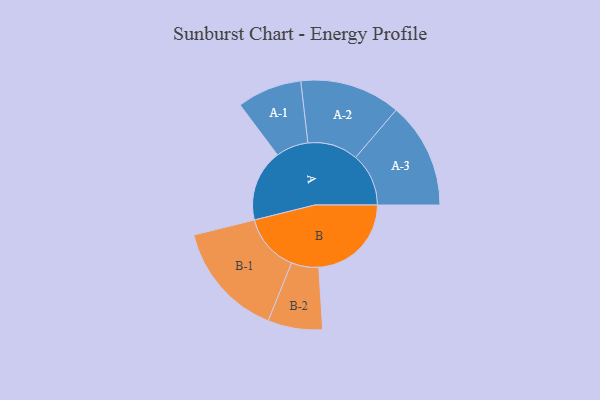
{"axis": {"x": "Segment", "y": "Value"}, "legend": ["", "A", "B"], "data": [{"x": "A", "y": 352, "type": ""}, {"x": "B", "y": 454, "type": ""}, {"x": "A-1", "y": 159, "type": "A"}, {"x": "A-2", "y": 247, "type": "A"}, {"x": "A-3", "y": 260, "type": "A"}, {"x": "B-1", "y": 284, "type": "B"}, {"x": "B-2", "y": 134, "type": "B"}]}